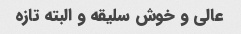
عالی و خوش سلیقه و البته تازه